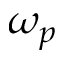
\omega _ { p }